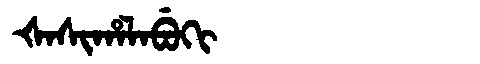
Manchu: ᡧᠠᠰᡳᡥᠠᠯᠠᠪᡠᡴᡳ
Romanization: ŠASIHALABUKI